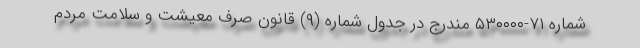
شماره ۷۱-۵۳۰۰۰۰ مندرج در جدول شماره (٩) قانون صرف معیشت و سلامت مردم